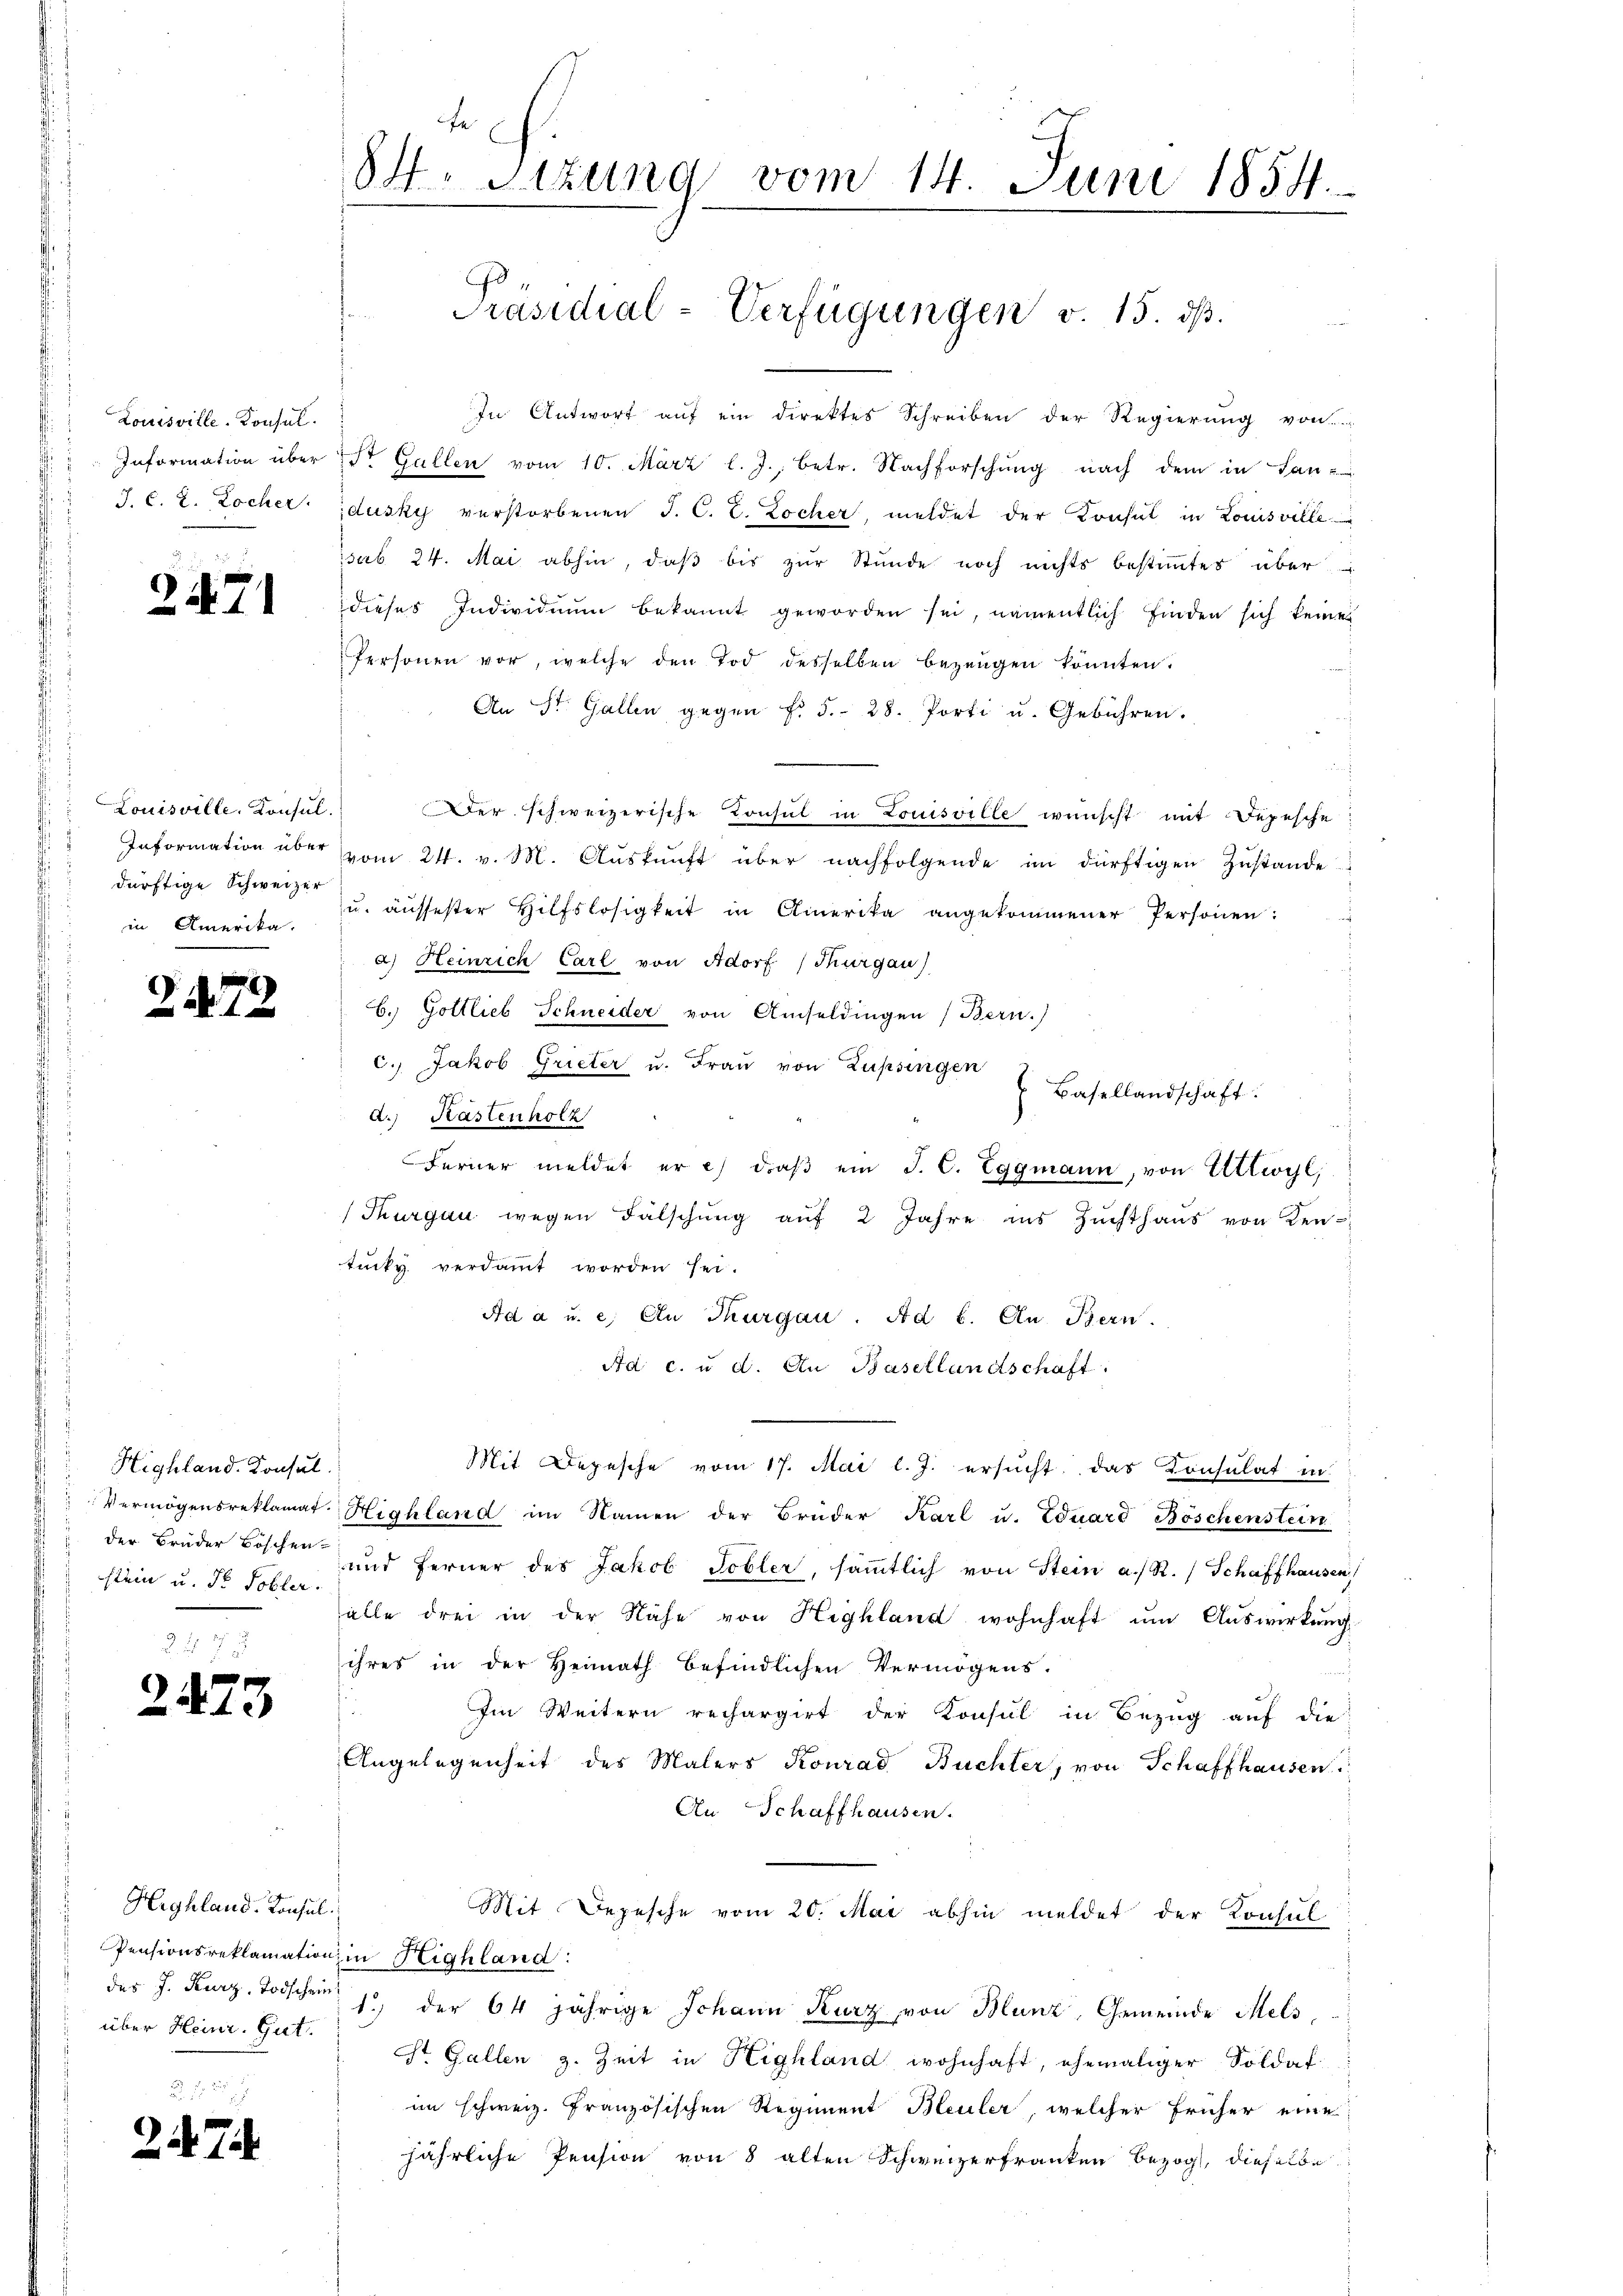
Louisville-Konsul
J. C. 2. Locher.

2471

In Antwort auf ein direktes Schreiben der Regierung von
Information über 1 St. Gallen vom 10. März l. J., betr. Nachforschung nach dem in Lan-
dusky verstorbenen J. C. L. Locher, meldet der Konsul in Louisville
isers 24. Mai abhin, daß bis zur Stunde noch nichts bestimmtes über
dieses Individuum bekannt geworden sei, namentlich finden sich keiner
Personen vor, welche den Tod desselben bezeugen könnten.
An St. Gallen gegen f. 5.- 28. Porti u. Gebühren.
Der schweizerische Konsul in Louisville wünscht mit Depesche
Information über vom 24. v. M. Auskunft über nachfolgende in dürftigen Zustande
u. äussester Hilfslosigkeit in Amerika angekommener Personen:
a) Heinrich Carl von Adorf (Thurgau)
C. Gottlieb Schneider von Amseldingen (Bern.)
C.) Jakob Grieter u. Frau von Zupsingen
 Basellandschaft.
f
a. Kastenholz
Ferner meldet er 2) daβ ein J. C. Eggmann, von Ellivyl,
(Thurgau wegen Fälschung auf 2 Jahre ins Zuchthaus von Kentucky verdammt worden sei.
Ad a u. e. An Thurgau. Ad b. An Bern.
Ad. c. u. d. An Basellandschaft
Mit Depesche vom 17. Mai l. J. ersucht, das Konsulat in
"Vermögensreklamat. Highland im Namen der Brüder Karl u. Eduard Böschenstein
" der Brüder Böschen und ferner des Jakob Tobler, sämmtlich von Stein a. R. (Schaffhausen,
alle drei in der Nähe von Highland wohnhaft um Auswirkung
ihres in der Heimath befindlichen Vermögens.
.
Im Weitern rechargirt der Konsul in Bezug auf die
Angelegenheit des Malers Konrad Büchter, von Schaffhausen
An Schaffhausen.
Mit Depesche vom 20. Mai abhin meldet der Konsul
Pensionsreklamation in Highland:
des J. Kurz. Todsche 15 der 64 jährige Schann Kurz von Blunz, Gemeinde Mels,
St. Gallen z. Zeit in Highland wohnhaft, ehemaliger Soldat
im schweiz. Französischen Regiment Bleuler, welcher früher eine
jährliche Pension von 8 alten Schweizerfranken bezog, dieselbe

Louisville, Konsul
dürftige Schweizer
in Amerika.

Z. 472

Highland. Konsul
slein u. dr. Tobler.

2473

Highland. Konsul
über Heinr. Gut.

2474

84. Sizung vom 14. Juni 1854.

Präsidial-Verfügungen v. 15. dß.